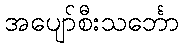
အပျော်စီးသင်္ဘော